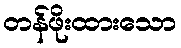
တန်ဖိုးထားသော